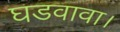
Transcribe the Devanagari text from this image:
घडवावा।